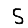
Digit: 5